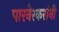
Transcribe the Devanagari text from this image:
पारनेरकरांनी